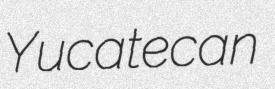
Yucatecan